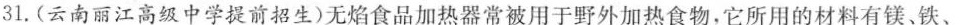
31.(云南丽江高级中学提前招生)无焰食品加热器常被用于野外加热食物，它所用的材料有镁、铁、